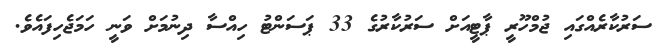
ސަރުކާރެއްގައި ޖުމްހޫރީ ޕާޓީއަށް ސަރުކާރުގެ 33 ޕަސަންޓު ހިއްސާ ދިނުމަށް ވަނީ ހަމަޖެހިފައެވެ.